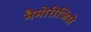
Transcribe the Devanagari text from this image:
मैमोरीजिसे